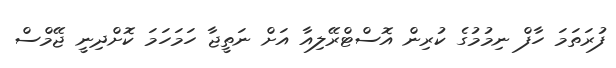
ފުރަތަމަ ހާފް ނިމުމުގެ ކުރިން އޮސްޓްރޭލިއާ އަށް ނަތީޖާ ހަމަހަމަ ކޮށްދިނީ ޖޭމްސް